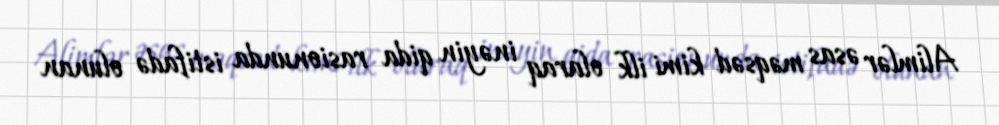
Alimlər əsas məqsəd kimi ilk olaraq inəyin qida rasionunda istifadə olunan